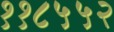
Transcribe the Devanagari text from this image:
११८५५२